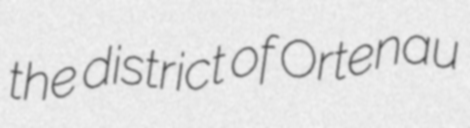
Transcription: the district of Ortenau